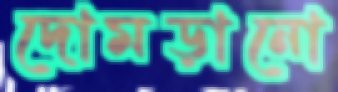
দোমড়ানো